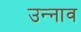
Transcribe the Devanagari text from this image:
उन्‍नाव